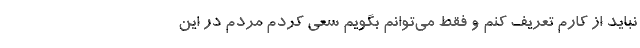
نباید از کارم تعریف کنم و فقط می‌توانم بگویم سعی کردم مردم در این